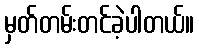
မှတ်တမ်းတင်ခဲ့ပါတယ်။